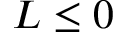
L \leq 0